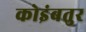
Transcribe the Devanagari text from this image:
कोइंबतुर